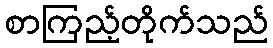
စာကြည့်တိုက်သည်